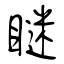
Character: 瞇